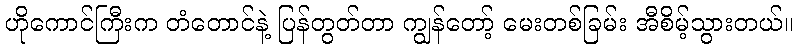
ဟိုကောင်ကြီးက တံတောင်နဲ့ ပြန်တွတ်တာ ကျွန်တော့် မေးတစ်ခြမ်း အီစိမ့်သွားတယ်။